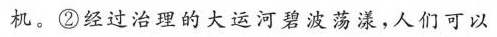
机。②经过治理的大运河碧波荡漾，人们可以